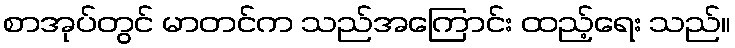
စာအုပ်တွင် မာတင်က သည်အကြောင်း ထည့်ရေး သည်။